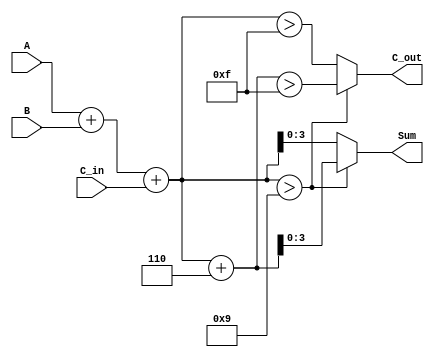
module BCD_Parallel_Adder (
    input  [3:0] A,       // 4-bit BCD input A
    input  [3:0] B,       // 4-bit BCD input B
    input        C_in,     // Carry input
    output reg [3:0] Sum,  // 4-bit BCD output Sum
    output reg C_out       // Carry output
);

    reg [4:0] Sum_bin;     // 5-bit to hold the binary sum

    always @(*) begin
        // Calculate the binary sum
        Sum_bin = A + B + C_in;
        
        // Check if correction is needed
        if (Sum_bin > 9) begin
            Sum = Sum_bin + 6; // Correct the result
            C_out = (Sum_bin + 6) > 15; // Set carry out if exceeding 15
        end else begin
            Sum = Sum_bin;      // No correction needed
            C_out = Sum_bin > 15; // Set carry out if exceeding 15
        end
    end

endmodule